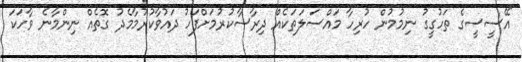
"އޭސީސީގެ ތަހުގީގު ނިމުމުން ހުރިހާ މައްސަލަތަކެއް ދިރާސާކުރުމަށްފަހު ދައުވާކުރުމާމެދު ގޮތެއް ނިންމާނެ ވާހަކަ